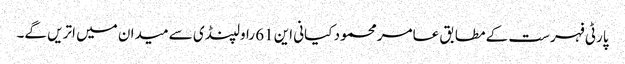
پارٹی فہرست کے مطابق عامر محمود کیانی این 61 راولپنڈی سے میدان میں اتریں گے۔